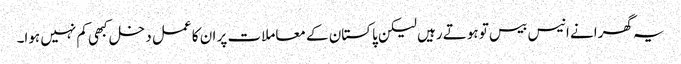
یہ گھرانے انیس بیس تو ہوتے رہیں لیکن پاکستان کے معاملات پر ان کا عمل دخل کبھی کم نہیں ہوا۔